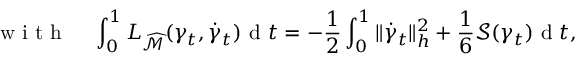
\mathrm { ~ w ~ i ~ t ~ h ~ } \; \; \; \; \int _ { 0 } ^ { 1 } L _ { \widehat { \mathcal { M } } } ( \gamma _ { t } , \dot { \gamma } _ { t } ) \mathrm { ~ d ~ } t = - \frac { 1 } { 2 } \int _ { 0 } ^ { 1 } \| \dot { \gamma } _ { t } \| _ { h } ^ { 2 } + \frac { 1 } { 6 } \mathcal { S } ( \gamma _ { t } ) \mathrm { ~ d ~ } t ,